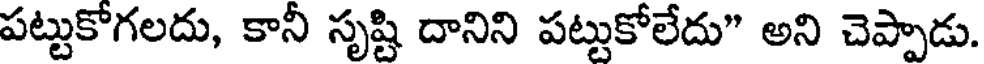
పట్టుకోగలదు, కానీ సృష్టి దానిని పట్టుకోలేదు" అని చెప్పాడు.